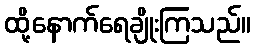
ထို့နောက်ရေချိုးကြသည်။